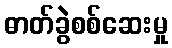
ဓာတ်ခွဲစစ်ဆေးမှု